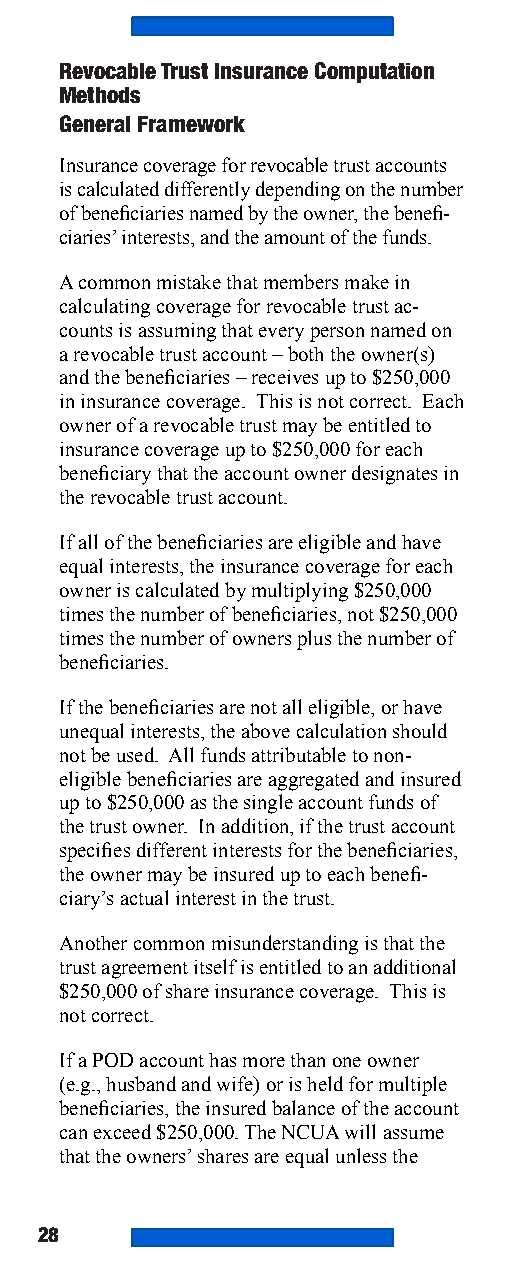
Revocable Trust Insurance Computation
 Methods
 General Framework
 Insurance coverage for revocable trust accounts
 is calculated differently depending on the number
 of beneficiaries named by the owner, the benefi-
 ciaries’ interests, and the amount of the funds.
 A common mistake that members make in
 calculating coverage for revocable trust ac-
 counts is assuming that every person named on
 a revocable trust account – both the owner(s)
 and the beneficiaries – receives up to $250,000
 in insurance coverage. This is not correct. Each
 owner of a revocable trust may be entitled to
 insurance coverage up to $250,000 for each
 beneficiary that the account owner designates in
 the revocable trust account.
 If all of the beneficiaries are eligible and have
 equal interests, the insurance coverage for each
 owner is calculated by multiplying $250,000
 times the number of beneficiaries, not $250,000
 times the number of owners plus the number of
 beneficiaries.
 If the beneficiaries are not all eligible, or have
 unequal interests, the above calculation should
 not be used. All funds attributable to non-
 eligible beneficiaries are aggregated and insured
 up to $250,000 as the single account funds of
 the trust owner. In addition, if the trust account
 specifies different interests for the beneficiaries,
 the owner may be insured up to each benefi-
 ciary’s actual interest in the trust.
 Another common misunderstanding is that the
 trust agreement itself is entitled to an additional
 $250,000 of share insurance coverage. This is
 not correct.
 If a POD account has more than one owner
 (e.g., husband and wife) or is held for multiple
 beneficiaries, the insured balance of the account
 can exceed $250,000. The NCUA will assume
 that the owners’ shares are equal unless the
 28